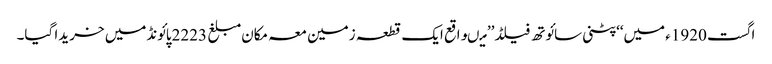
اگست 1920ء میں‘‘پٹنی سائوتھ فیلڈ’’ میںواقع ایک قطعہ زمین معہ مکان مبلغ 2223پائونڈمیں خریدا گیا۔